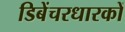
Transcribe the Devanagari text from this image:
डिबेंचरधारकों